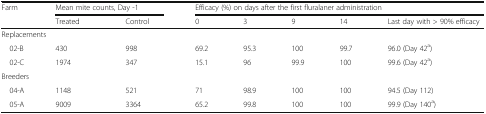
<table><thead><tr><td rowspan="2"><b>Farm</b></td><td colspan="2"><b>Mean mite counts, Day -1</b></td><td colspan="5"><b>Efficacy (%) on days after the first fluralaner administration</b></td></tr><tr><td><b>Treated</b></td><td><b>Control</b></td><td><b>0</b></td><td><b>3</b></td><td><b>9</b></td><td><b>14</b></td><td><b>Last day with &gt; 90% efficacy</b></td></tr></thead><tbody><tr><td colspan="8">Replacements</td></tr><tr><td> 02-B</td><td>430</td><td>998</td><td>69.2</td><td>95.3</td><td>100</td><td>99.7</td><td>96.0 (Day 42<sup>a</sup>)</td></tr><tr><td> 02-C</td><td>1974</td><td>347</td><td>15.1</td><td>96</td><td>99.9</td><td>100</td><td>99.6 (Day 42<sup>a</sup>)</td></tr><tr><td colspan="8">Breeders</td></tr><tr><td> 04-A</td><td>1148</td><td>521</td><td>71</td><td>98.9</td><td>100</td><td>100</td><td>94.5 (Day 112)</td></tr><tr><td> 05-A</td><td>9009</td><td>3364</td><td>65.2</td><td>99.8</td><td>100</td><td>100</td><td>99.9 (Day 140<sup>a</sup>)</td></tr></tbody></table>